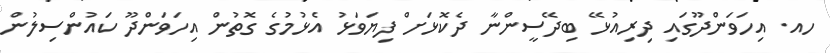
ހއ. އިހަވަންދޫގައި ދިރިއުޅޭ ބިދޭސީންނާ ދެކޮޅަށް ފިޔަވަޅު އެޅުމުގެ ގޮތުން އިހަވަންދޫ ކައުންސިލުން